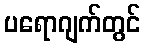
ပရောဂျက်တွင်